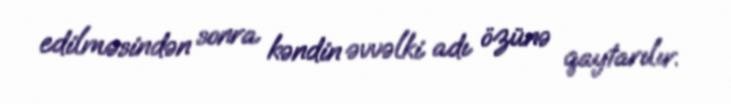
edilməsindən sonra kəndin əvvəlki adı özünə qaytarılır.